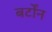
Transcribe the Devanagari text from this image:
बर्टोंन